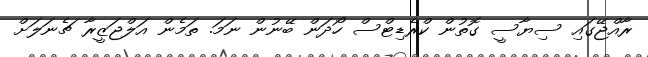
ރާއްޖޭގައި ސިޔާސީ ގޮތުން ކްރެޑިޓްސް ހޯދަން ބޭނުން ނަމަ. ތަމެން އަލްޖަޒީރާ ޗެނަލަށް